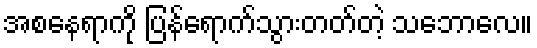
အစနေရာကို ပြန်ရောက်သွားတတ်တဲ့ သဘောလေ။